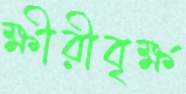
ক্ষীরীবৃক্ষ